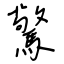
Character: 驚